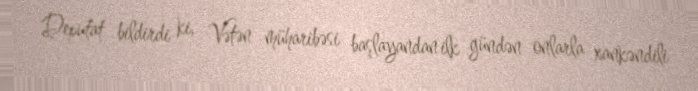
Deputat bildirdi ki, Vətən müharibəsi başlayandan ilk gündən onlarla xankəndili